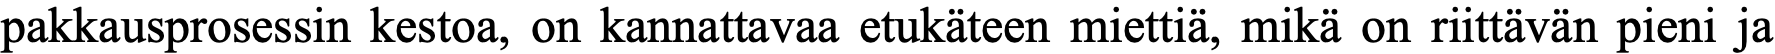
pakkausprosessin kestoa, on kannattavaa etukäteen miettiä, mikä on riittävän pieni ja